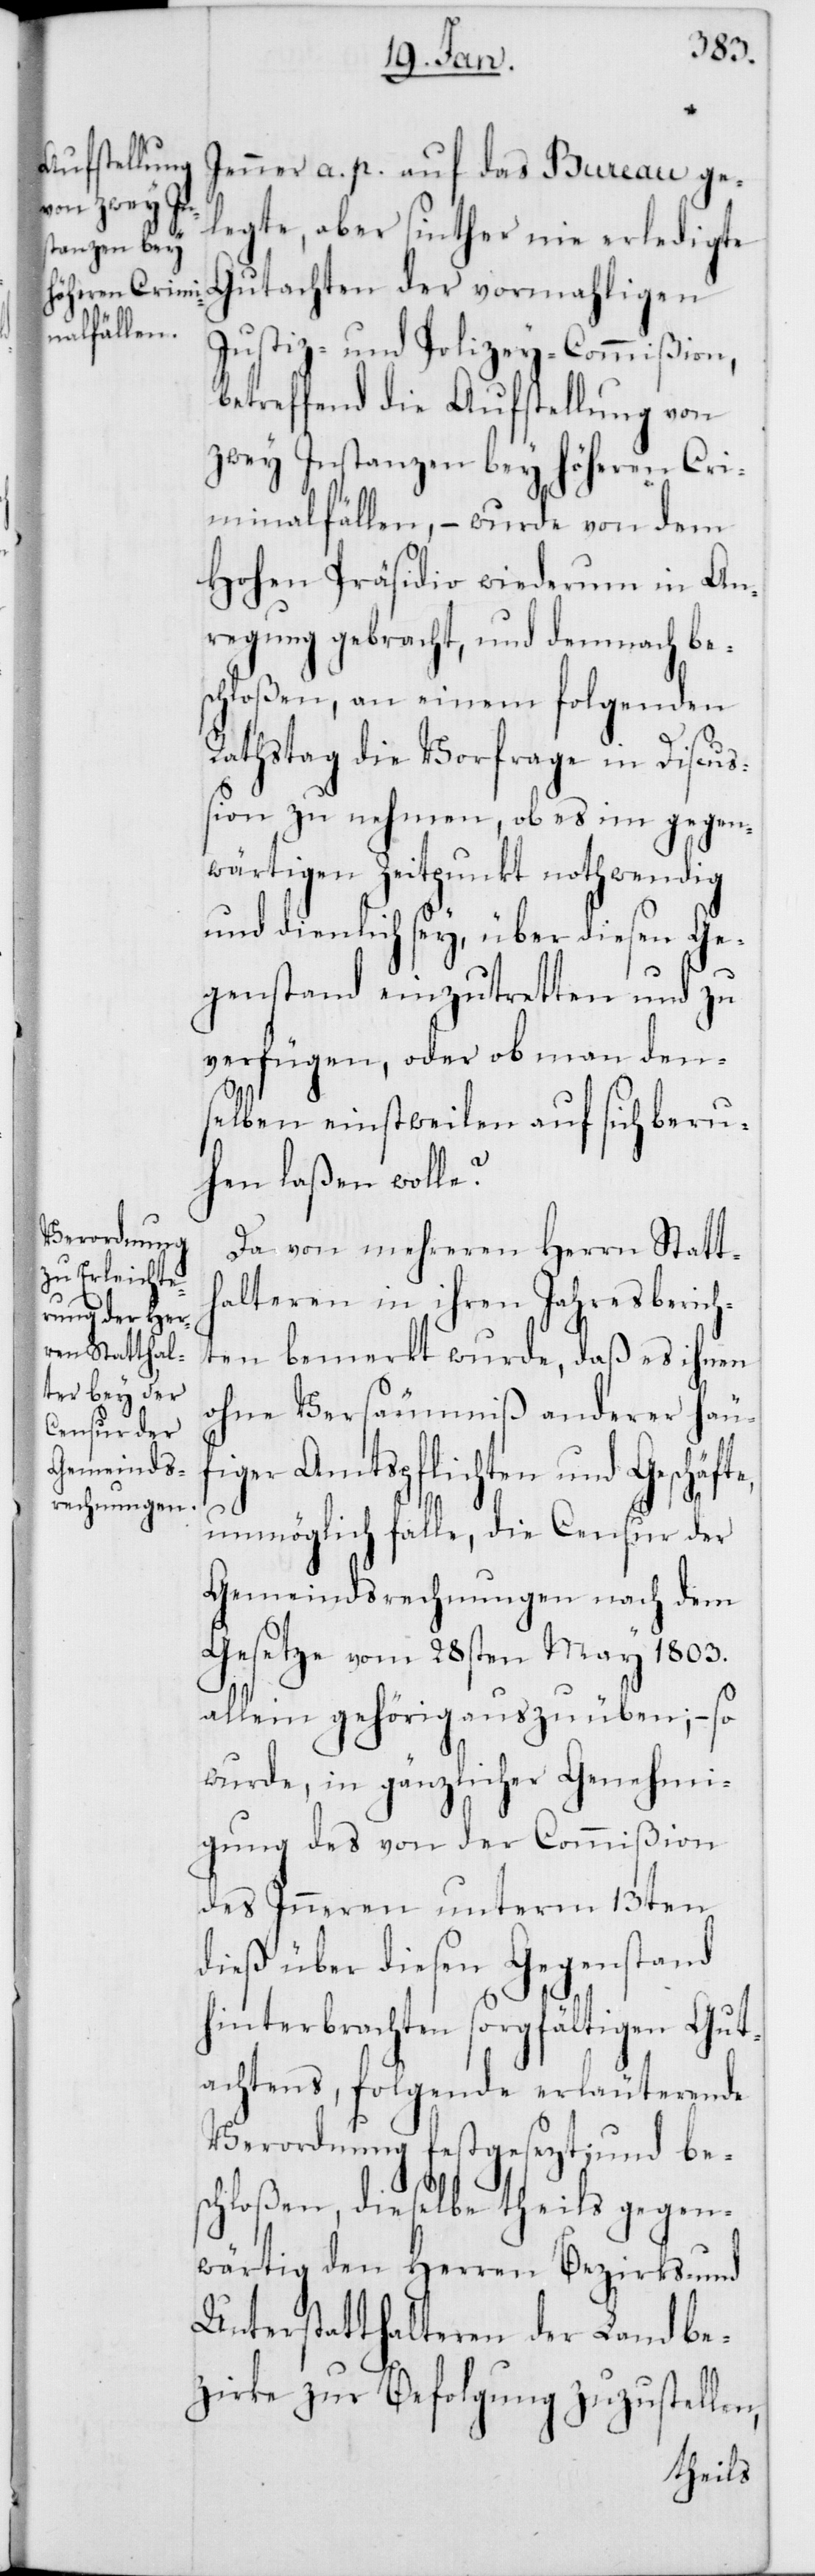
Jenner a. p. auf das Bureau ge¬
legte, aber sinther nie erledigte
Gutachten der vormahligen
Justiz- und Polizey-Commißion,
betreffend die Aufstellung von
zwey Instanzen bey höheren Cri¬
minalfällen, – wurde von dem
Hohen Präsidio wiederum in An¬
regung gebracht, und demnach bes¬
chloßen, an einem folgenden
Rathstag die Vorfrage in Discuß¬
ion zu nehmen, ob es im gegen¬
wärtigen Zeitpunkt nothwendig
und dienlich sey, über diesen Ge¬
genstand einzutretten und zu
verfügen, oder ob man den¬
selben einstweilen auf sich beru¬
hen laßen wolle?
Da von mehreren Herren Statth¬
alteren in ihren Jahresbericht¬
en bemerkt wurde, daß es ihnen
ohne Versäumniß anderer häuf¬
iger Amtspflichten und Geschäfte,
unmöglich falle, die Censur der
Gemeindsrechnungen nach dem
Gesetze vom 28sten May 1803.
allein gehörig auszuüben; – so
wurde, in gänzlicher Genehmi¬
gung des von der Commißion
des Inneren unterm 13ten
dieß über diesen Gegenstand
hinterbrachten sorgfältigen Gut¬
achtens, folgende erläuterende
Verordnung festgesezt; und be¬
schloßen, dieselbe theils gegen¬
wärtig den Herren Bezirks- und
Unterstatthalteren der Landbe¬
zirke zur Befolgung zuzustellen,